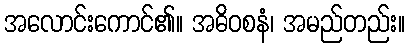
အလောင်းကောင်၏။ အဓိဝစနံ၊ အမည်တည်း။